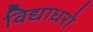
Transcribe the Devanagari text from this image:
विद्याधरो